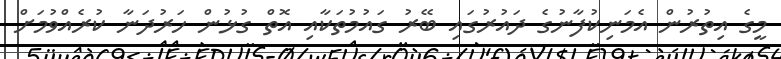
މީގެ އިތުރުން އެމަނިކުފާނުގެ ދައުރުގައި ބޭރު ގައުމުތަކާއި އޮތް ގުޅުން ހަރުދަނާ ކުރެއްވުމަށް